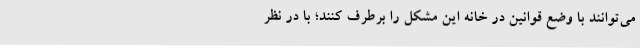
می‌توانند با وضع قوانین در خانه این مشکل را برطرف کنند؛ با در نظر